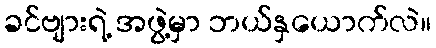
ခင်ဗျားရဲ့ အဖွဲ့မှာ ဘယ်နှယောက်လဲ။